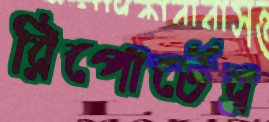
রিপোর্টের